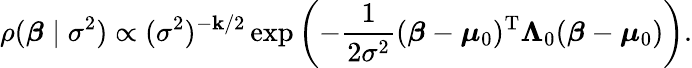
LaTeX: \rho({\boldsymbol{\beta}}\mid\sigma^{2})\propto(\sigma^{2})^{-\mathbf{k}/2}\exp\left(-{\frac{{1}}{{2\sigma^{2}}}}({\boldsymbol{\beta}}-{\boldsymbol{\mu}}_{0})^{\mathrm{{{T}}}}\mathbf{{\Lambda}}_{0}({\boldsymbol{\beta}}-{\boldsymbol{\mu}}_{0})\right).